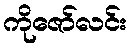
ကိုဇော်လင်း